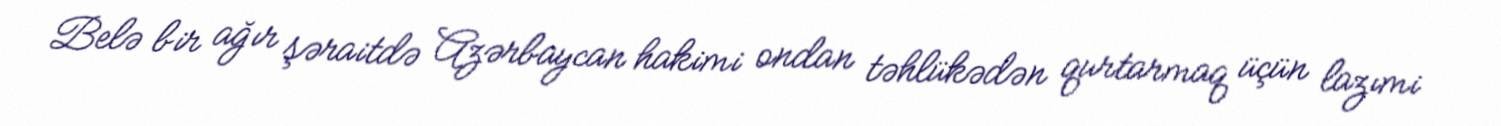
Belə bir ağır şəraitdə Azərbaycan hakimi ondan təhlükədən qurtarmaq üçün lazımi